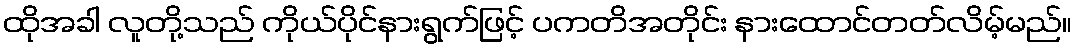
ထိုအခါ လူတို့သည် ကိုယ်ပိုင်နားရွက်ဖြင့် ပကတိအတိုင်း နားထောင်တတ်လိမ့်မည်။